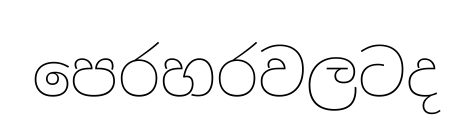
පෙරහරවලටද